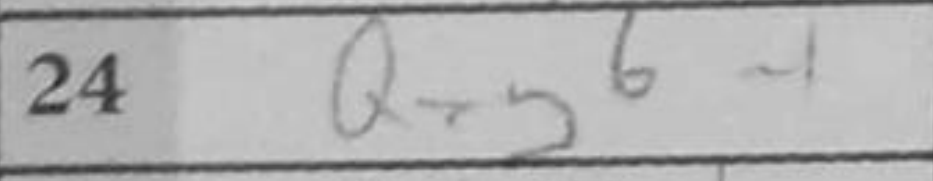
Transcription: Qxg6